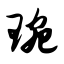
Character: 琬